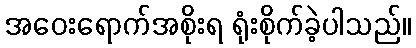
အဝေးရောက်အစိုးရ ရုံးစိုက်ခဲ့ပါသည်။